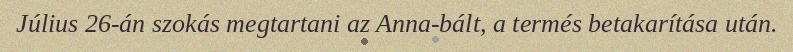
Július 26-án szokás megtartani az Anna-bált, a termés betakarítása után.